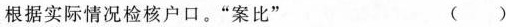
根据实际情况检核户口。”案比” ()